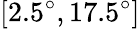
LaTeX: [2.5^{\circ},17.5^{\circ}]